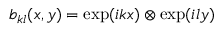
b _ { k l } ( x , y ) = \exp ( i k x ) \otimes \exp ( i l y )